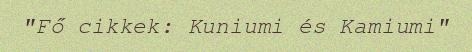
"Fő cikkek: Kuniumi és Kamiumi"